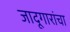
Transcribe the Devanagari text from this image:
जादूगारांचा